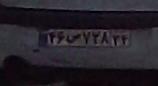
۴۶ص۷۲۸۳۴